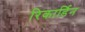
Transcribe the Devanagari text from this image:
रिकार्डिन